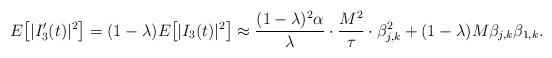
LaTeX: \begin{align*}E\big[|I^{\prime}_3(t)|^2\big] = (1-\lambda)E\big[|I_3(t)|^2\big] \approx \frac{(1-\lambda)^2\alpha}{\lambda} \cdot \frac{M^2}{\tau} \cdot \beta_{j,k}^2 + (1-\lambda) M \beta_{j,k}\beta_{1,k}.\end{align*}